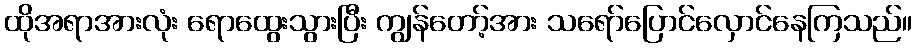
ထိုအရာအားလုံး ရောထွေးသွားပြီး ကျွန်တော့်အား သရော်ပြောင်လှောင်နေကြသည်။